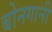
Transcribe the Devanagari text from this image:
बोनगानी